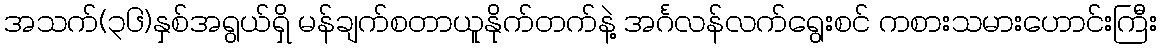
အသက်(၃၆)နှစ်အရွယ်ရှိ မန်ချက်စတာယူနိုက်တက်နဲ့ အင်္ဂလန်လက်ရွေးစင် ကစားသမားဟောင်းကြီး